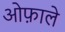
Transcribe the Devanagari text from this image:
ओफ़ाले